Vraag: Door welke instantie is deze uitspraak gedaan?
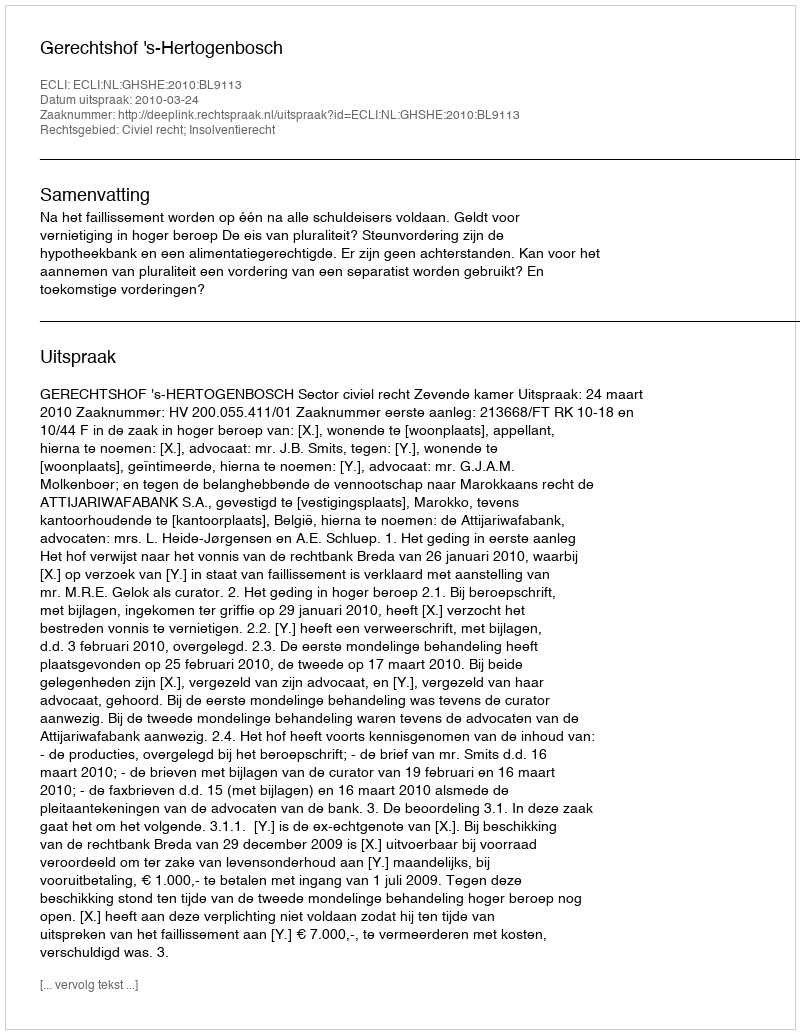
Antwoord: Gerechtshof 's-Hertogenbosch